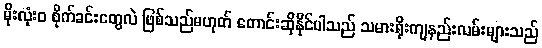
မိုးလုံး၀ စိုက်ခင်းတွေလဲ ဖြစ်သည်မဟုတ် တောင်းဆိုနိုင်ပါသည် သမားရိုးကျနည်းလမ်းများသည်